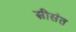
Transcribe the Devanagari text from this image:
स्त्रीसंत